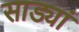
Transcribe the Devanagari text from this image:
साड्यां